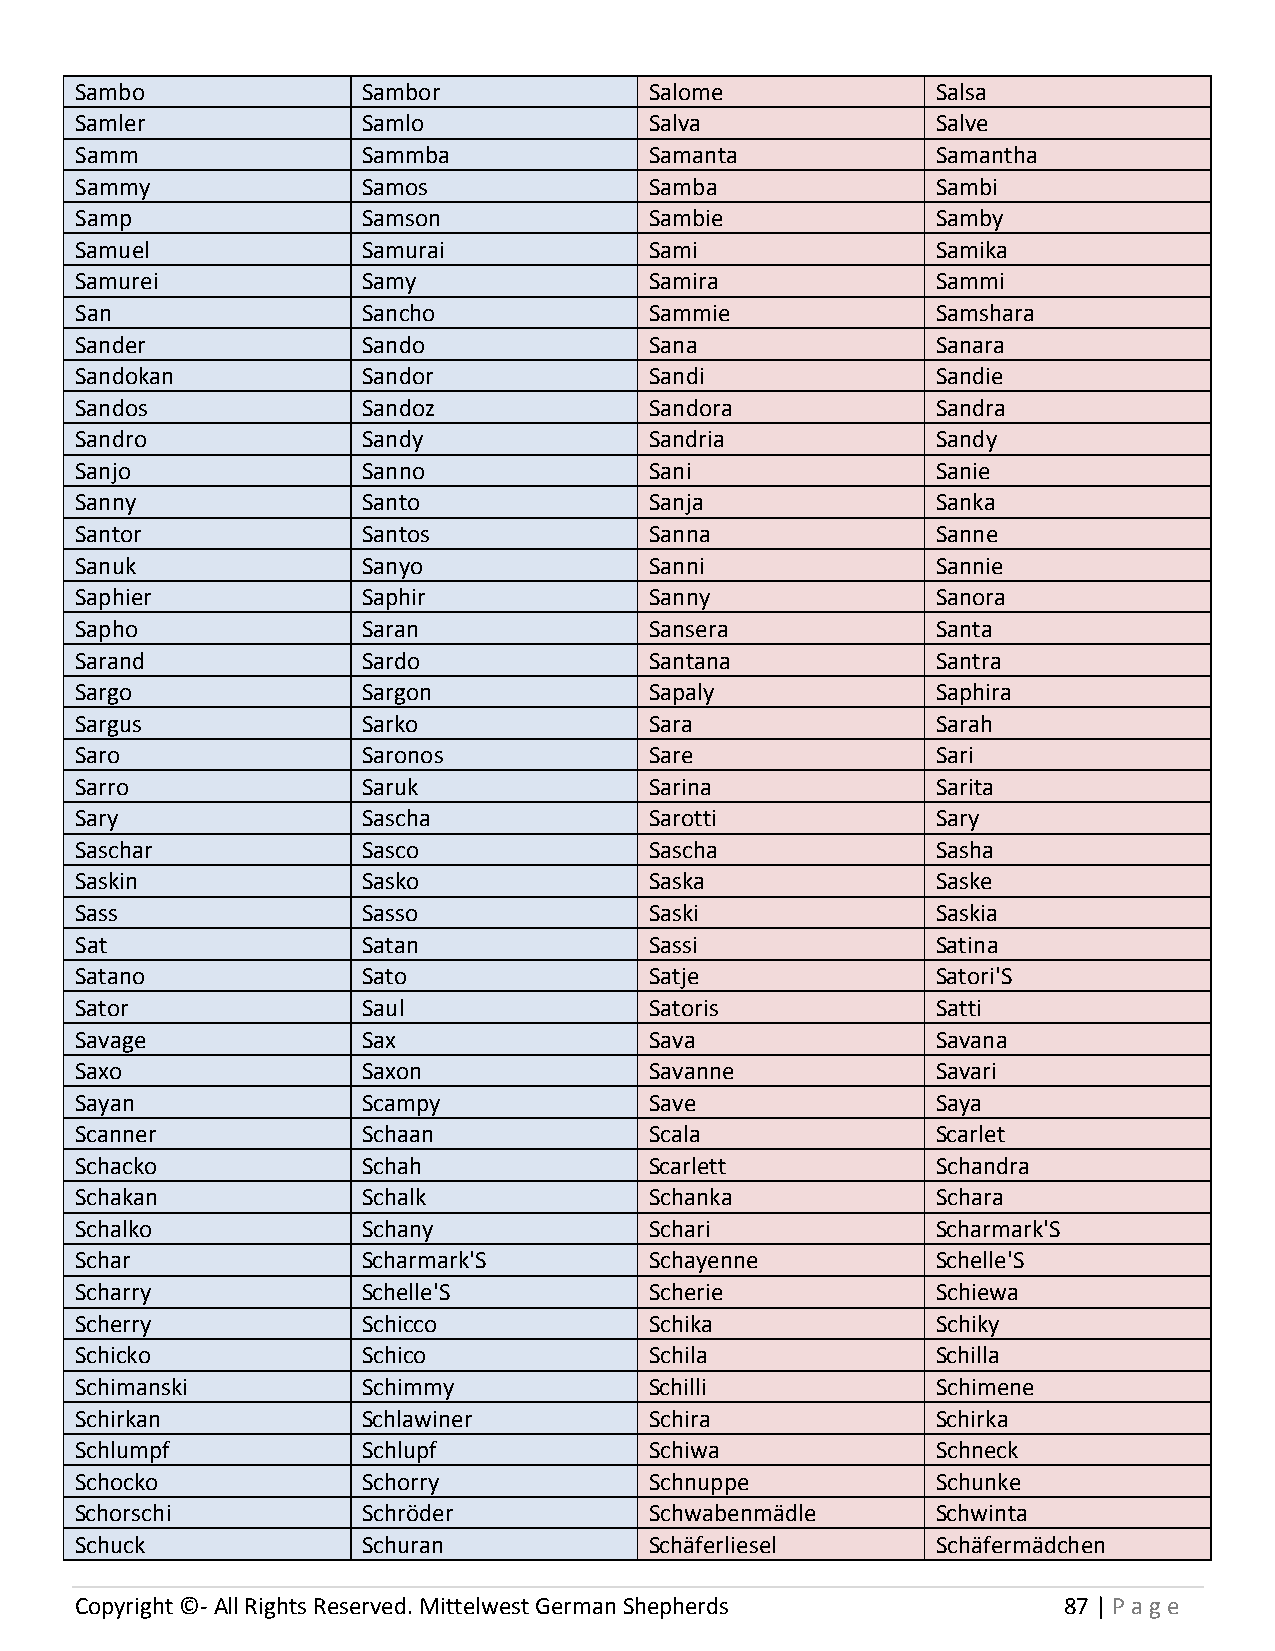
Sambo              Sambor             Salome             Salsa
 Samler             Samlo              Salva              Salve
 Samm               Sammba             Samanta            Samantha
 Sammy              Samos              Samba              Sambi
 Samp               Samson             Sambie             Samby
 Samuel             Samurai            Sami               Samika
 Samurei            Samy               Samira             Sammi
 San                Sancho             Sammie             Samshara
 Sander             Sando              Sana               Sanara
 Sandokan           Sandor             Sandi              Sandie
 Sandos             Sandoz             Sandora            Sandra
 Sandro             Sandy              Sandria            Sandy
 Sanjo              Sanno              Sani               Sanie
 Sanny              Santo              Sanja              Sanka
 Santor             Santos             Sanna              Sanne
 Sanuk              Sanyo              Sanni              Sannie
 Saphier            Saphir             Sanny              Sanora
 Sapho              Saran              Sansera            Santa
 Sarand             Sardo              Santana            Santra
 Sargo              Sargon             Sapaly             Saphira
 Sargus             Sarko              Sara               Sarah
 Saro               Saronos            Sare               Sari
 Sarro              Saruk              Sarina             Sarita
 Sary               Sascha             Sarotti            Sary
 Saschar            Sasco              Sascha             Sasha
 Saskin             Sasko              Saska              Saske
 Sass               Sasso              Saski              Saskia
 Sat                Satan              Sassi              Satina
 Satano             Sato               Satje              Satori'S
 Sator              Saul               Satoris            Satti
 Savage             Sax                Sava               Savana
 Saxo               Saxon              Savanne            Savari
 Sayan              Scampy             Save               Saya
 Scanner            Schaan             Scala              Scarlet
 Schacko            Schah              Scarlett           Schandra
 Schakan            Schalk             Schanka            Schara
 Schalko            Schany             Schari             Scharmark'S
 Schar              Scharmark'S        Schayenne          Schelle'S
 Scharry            Schelle'S          Scherie            Schiewa
 Scherry            Schicco            Schika             Schiky
 Schicko            Schico             Schila             Schilla
 Schimanski         Schimmy            Schilli            Schimene
 Schirkan           Schlawiner         Schira             Schirka
 Schlumpf           Schlupf            Schiwa             Schneck
 Schocko            Schorry            Schnuppe           Schunke
 Schorschi          Schröder           Schwabenmädle      Schwinta
 Schuck             Schuran            Schäferliesel      Schäfermädchen
 Copyright ©- All Rights Reserved. Mittelwest German Shepherds    87 | P age